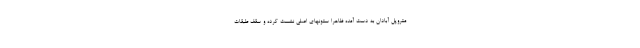
متروپل آبادان به دست آمده ظاهرا ستونهای اصلی نشست کرده و سقف طبقات